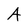
Character: A